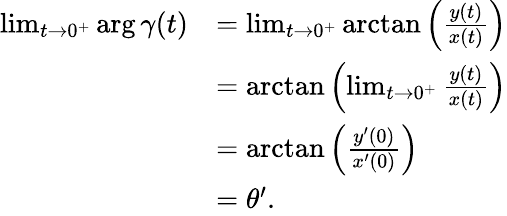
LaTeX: \begin{array}{rl}{\operatorname*{lim}_{t\to 0^{+}}\arg{\gamma(t)}}&{=\operatorname*{lim}_{t\to 0^{+}}\arctan\left(\frac{y(t)}{x(t)}\right)}\\ &{=\arctan\left(\operatorname*{lim}_{t\to 0^{+}}\frac{y(t)}{x(t)}\right)}\\ &{=\arctan\left(\frac{y^{\prime}(0)}{x^{\prime}(0)}\right)}\\ &{=\theta^{\prime}.}\end{array}